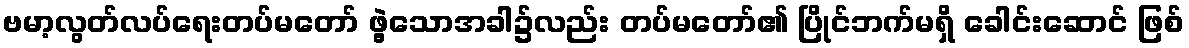
ဗမာ့လွတ်လပ်ရေးတပ်မတော် ဖွဲ့သောအခါ၌လည်း တပ်မတော်၏ ပြိုင်ဘက်မရှိ ခေါင်းဆောင် ဖြစ်